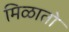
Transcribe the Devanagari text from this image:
मिळातो